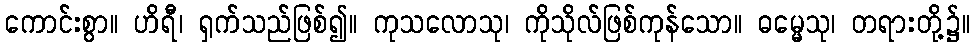
ကောင်းစွာ။ ဟိရီ၊ ရှက်သည်ဖြစ်၍။ ကုသလောသု၊ ကိုသိုလ်ဖြစ်ကုန်သော။ ဓမ္မေသု၊ တရားတို့၌။